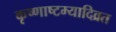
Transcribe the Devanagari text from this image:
कृष्णाष्टम्यादिव्रत